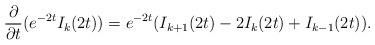
LaTeX: \begin{align*} \frac{\partial}{\partial t} (e^{-2t} I_k(2t)) = e^{-2t} (I_{k+1}(2t) - 2I_{k}(2t) + I_{k-1}(2t)).\end{align*}